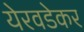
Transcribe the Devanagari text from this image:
येरवडेकर